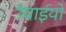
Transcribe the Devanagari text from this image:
उँचाईयो